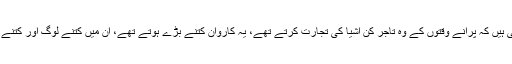
کیا ایسی تحریری یادداشتیں بتا سکتی ہیں کہ پرانے وقتوں کے وہ تاجر کن اشیا کی تجارت کرتے تھے، یہ کاروان کتنے بڑے ہوتے تھے، ان میں کتنے لوگ اور کتنے باربرداری کے جانور ہوتے تھے؟